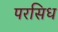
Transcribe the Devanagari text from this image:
परसिध